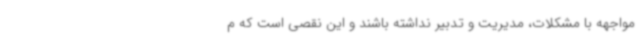
مواجهه با مشکلات، مدیریت و تدبیر نداشته باشند و این نقصی است که م